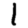
Digit: 1